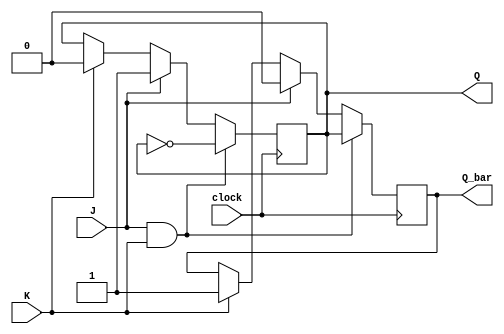
module JK_FF(input wire J, K, clock,
             output reg Q, Q_bar);

always @(posedge clock) begin
    if (J & K) begin
        Q <= ~Q;
        Q_bar <= Q;
    end else if (J) begin
        Q <= 1;
        Q_bar <= 0;
    end else if (K) begin
        Q <= 0;
        Q_bar <= 1;
    end
end

endmodule